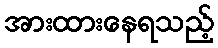
အားထားနေရသည့်